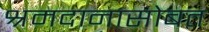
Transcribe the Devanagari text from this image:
श्रमदानासोबत